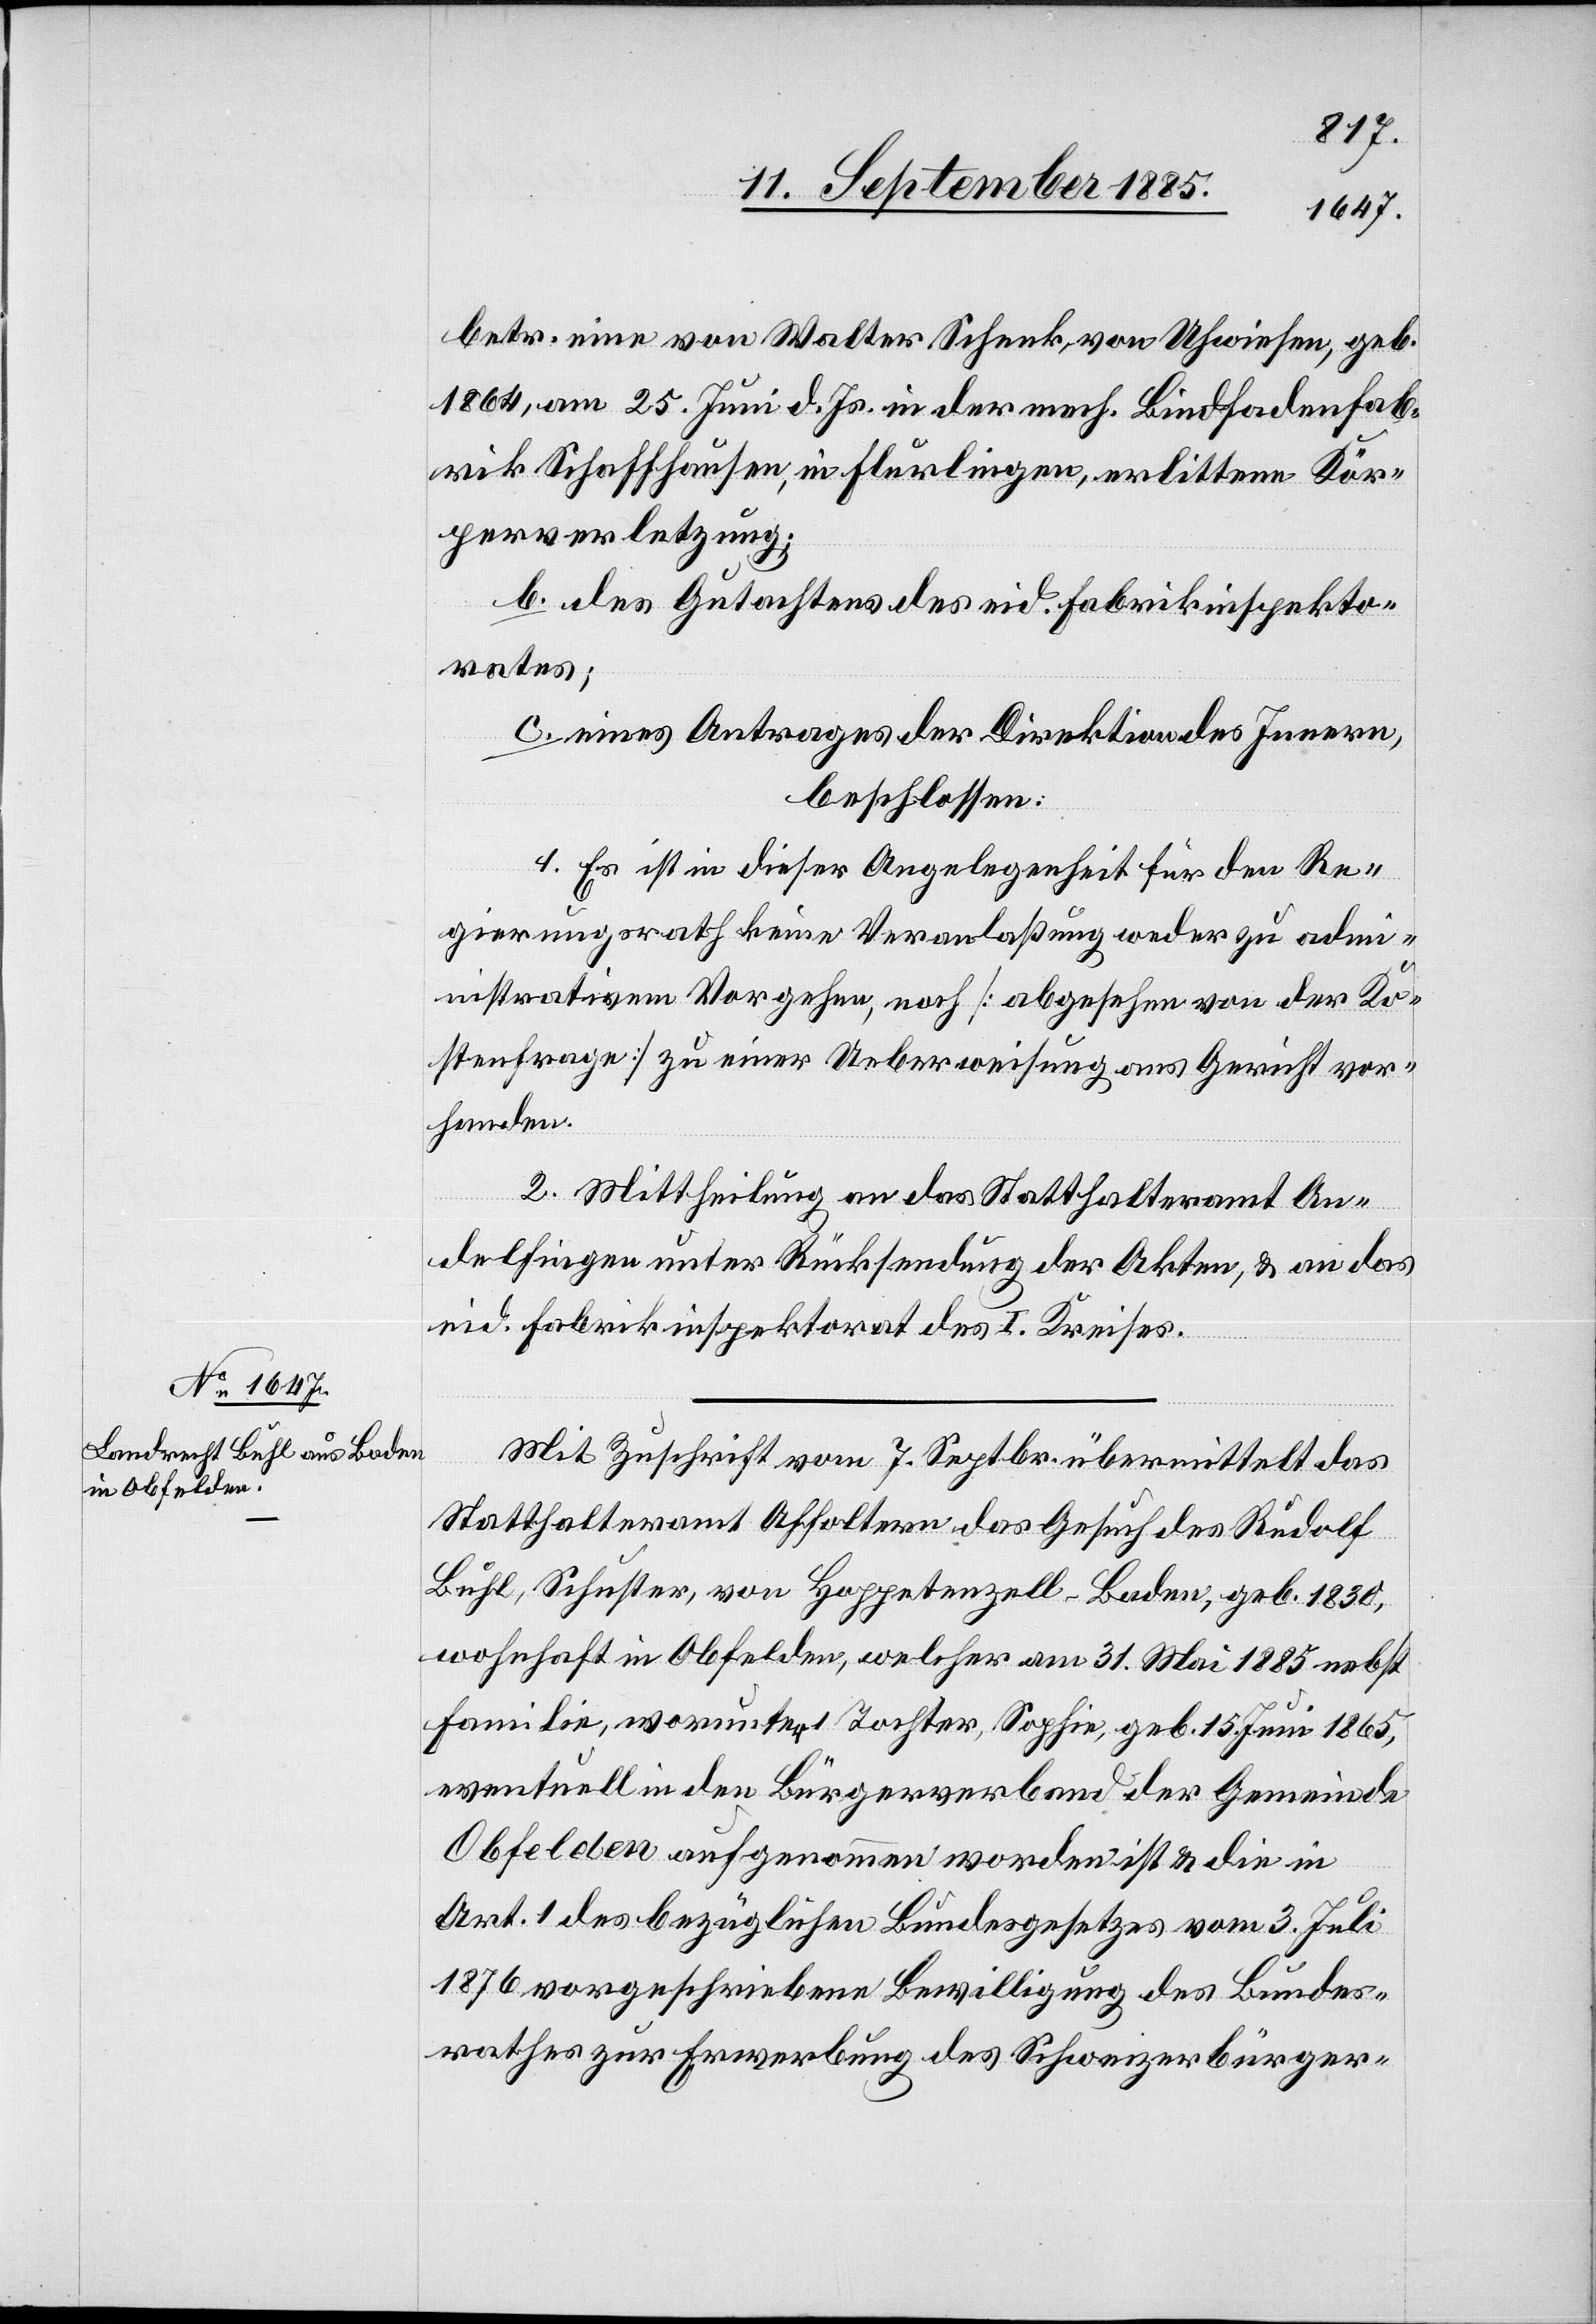
betr. eine von Walter Schenk, von Uhwiesen, geb.
1864, am 25. Juni d. Js. in der mech. Bindfadenfab¬
rik Schaffhausen, in Flurlingen, erlittene Kör¬
perverletzung;
b. des Gutachtens des eid. Fabrikinspektors;
c. eines Antrages der Direktion des Innern,
beschlossen:
1. Es ist in dieser Angelegenheit für den Re¬
gierungsrath keine Veranlaßung weder zu adm¬
inistrativem Vorgehen, noch [abgesehen von der Ko¬
stenfrage] zu einer Ueberweisung ans Gericht vor¬
handen.
2. Mittheilung an das Statthalteramt An¬
delfingen unter Rücksendung der Akten, & an das
eid. Fabrikinspektorat des I. Kreises.